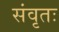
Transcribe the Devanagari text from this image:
संवृतः